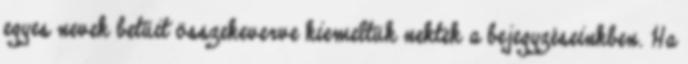
egyes nevek betűit összekeverve kiemeltük nektek a bejegyzéseinkben. Ha